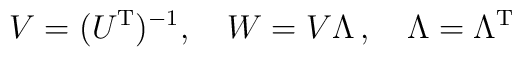
V = ( U^{\rm T})^{-1},\quad W =  V \Lambda\,,\quad \Lambda=\Lambda^{\rm T}